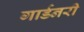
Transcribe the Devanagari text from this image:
गार्डनरी